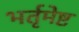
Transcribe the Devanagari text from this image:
भर्तृमेष्ट